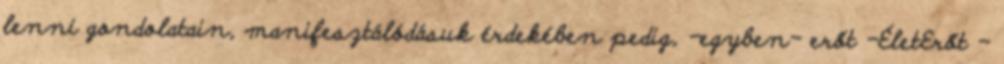
lenni gondolatain, manifesztálódásuk érdekében pedig, -egyben- erőt -ÉletErőt -